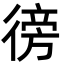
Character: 徬